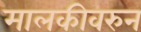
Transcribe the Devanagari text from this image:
मालकीवरुन